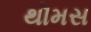
થૉમસ